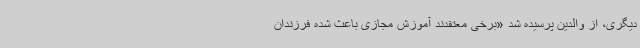
دیگری، از والدین پرسیده شد «برخی معتقدند آموزش مجازی باعث شده فرزندان